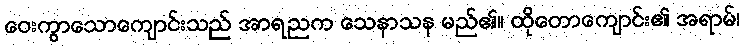
ဝေးကွာသောကျောင်းသည် အာရညက သေနာသန မည်၏။ ထိုတောကျောင်း၏ အရာမ်၊